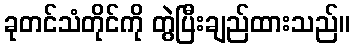
ခုတင်သံတိုင်ကို တွဲပြီးချည်ထားသည်။